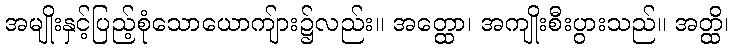
အမျိုးနှင့်ပြည့်စုံသောယောကျ်ား၌လည်း။ အတ္ထော၊ အကျိုးစီးပွားသည်။ အတ္ထိ၊